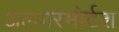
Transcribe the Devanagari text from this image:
अलगरमोर्टश